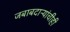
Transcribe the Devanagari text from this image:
जबाबदाऱ्यांचीही